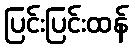
ပြင်းပြင်းထန်